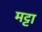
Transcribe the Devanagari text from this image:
मट्टा